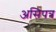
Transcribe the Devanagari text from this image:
असिपत्र